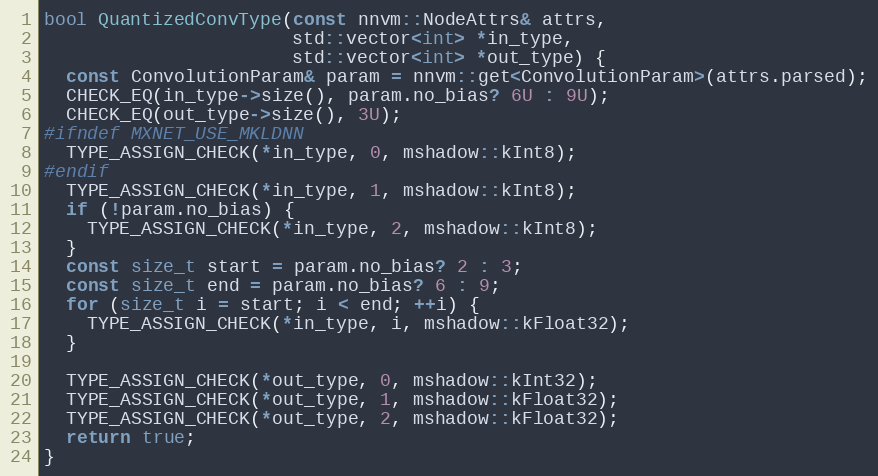
Language: C++
bool QuantizedConvType(const nnvm::NodeAttrs& attrs,
                       std::vector<int> *in_type,
                       std::vector<int> *out_type) {
  const ConvolutionParam& param = nnvm::get<ConvolutionParam>(attrs.parsed);
  CHECK_EQ(in_type->size(), param.no_bias? 6U : 9U);
  CHECK_EQ(out_type->size(), 3U);
#ifndef MXNET_USE_MKLDNN
  TYPE_ASSIGN_CHECK(*in_type, 0, mshadow::kInt8);
#endif
  TYPE_ASSIGN_CHECK(*in_type, 1, mshadow::kInt8);
  if (!param.no_bias) {
    TYPE_ASSIGN_CHECK(*in_type, 2, mshadow::kInt8);
  }
  const size_t start = param.no_bias? 2 : 3;
  const size_t end = param.no_bias? 6 : 9;
  for (size_t i = start; i < end; ++i) {
    TYPE_ASSIGN_CHECK(*in_type, i, mshadow::kFloat32);
  }

  TYPE_ASSIGN_CHECK(*out_type, 0, mshadow::kInt32);
  TYPE_ASSIGN_CHECK(*out_type, 1, mshadow::kFloat32);
  TYPE_ASSIGN_CHECK(*out_type, 2, mshadow::kFloat32);
  return true;
}